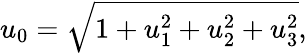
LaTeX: u_{0}=\sqrt{1+u_{1}^{2}+u_{2}^{2}+u_{3}^{2}},